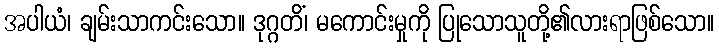
အပါယံ၊ ချမ်းသာကင်းသော။ ဒုဂ္ဂတိံ၊ မကောင်းမှုကို ပြုသောသူတို့၏လားရာဖြစ်သော။